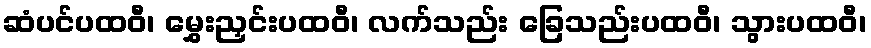
ဆံပင်ပထဝီ၊ မွှေးညှင်းပထဝီ၊ လက်သည်း ခြေသည်းပထဝီ၊ သွားပထဝီ၊